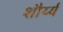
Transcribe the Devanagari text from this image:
शौर्य्य